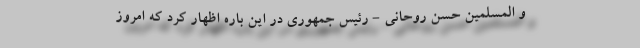
و المسلمین حسن روحانی - رئیس جمهوری در این باره اظهار کرد که امروز